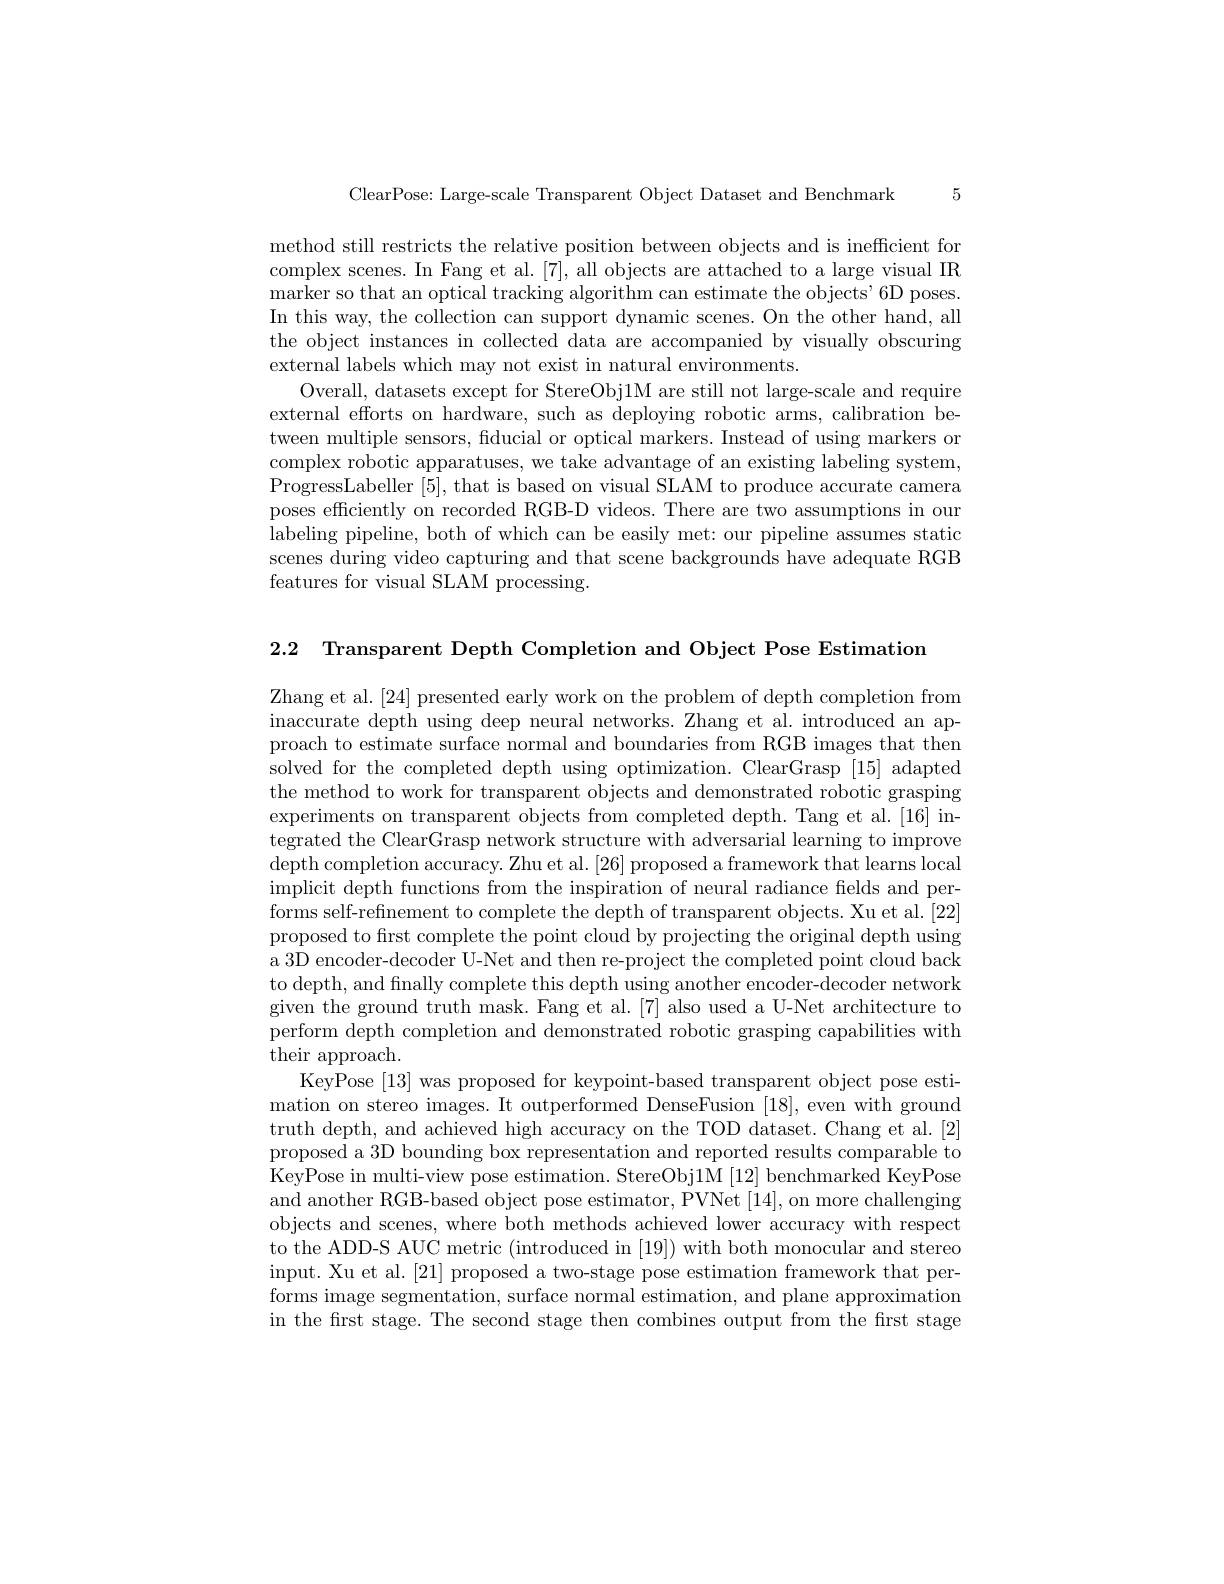
5

ClearPose: Large-scale Transparent Object Dataset and Benchmark

method still restricts the relative position between objects and is inefficient for complex scenes. In Fang et al. [7], all objects are attached to a large visual IR marker so that an optical tracking algorithm can estimate the objects' 6D poses In this way, the collection can support dynamic scenes. On the other hand, all the object instances in collected data are accompanied by visually obscuring external labels which may not exist in natural environments.
Overall, datasets except for StereObj1M are still not large-scale and require external efforts on hardware, such as deploying robotic arms, calibration between multiple sensors, fiducial or optical markers. Instead of using markers or complex robotic apparatuses, we take advantage of an existing labeling system, ProgressLabeller [5], that is based on visual SLAM to produce accurate camera poses efficiently on recorded RGB-D videos. There are two assumptions in our labeling pipeline, both of which can be easily met: our pipeline assumes static scenes during video capturing and that scene backgrounds have adequate RGB features for visual SLAM processing.

2.2 Transparent Depth Completion and Object Pose Estimation

Zhang et al. [24] presented early work on the problem of depth completion from inaccurate depth using deep neural networks. Zhang et al. introduced an approach to estimate surface normal and boundaries from RGB images that then solved for the completed depth using optimization. ClearGrasp [15] adapted the method to work for transparent objects and demonstrated robotic grasping experiments on transparent objects from completed depth. Tang et al.[16] integrated the ClearGrasp network structure with adversarial learning to improve depth completion accuracy. Zhu et al. [26] proposed a framework that learns local implicit depth functions from the inspiration of neural radiance felds and performs self-refinement to complete the depth of transparent objects. Xu et al. [22] proposed to first complete the point cloud by projecting the original depth using a 3D encoder-decoder U-Net and then re-project the completed point cloud back to depth, and finally complete this depth using another encoder-decoder network given the ground truth mask. Fang et al.[7] also used a U-Net architecture to perform depth completion and demonstrated robotic grasping capabilities with their approach.
KeyPose [13] was proposed for keypoint-based transparent object pose estimation on stereo images. It outperformed DenseFusion [18], even with ground truth depth, and achieved high accuracy on the TOD dataset. Chang et al. [2] proposed a 3D bounding box representation and reported results comparable to KeyPose in multi-view pose estimation. StereObj1M [12] benchmarked KeyPose and another RGB-based object pose estimator, PVNet [14], on more challenging objects and scenes, where both methods achieved lower accuracy with respect to the ADD-S AUC metric (introduced in [19]) with both monocular and stereo input. Xu et al. [21] proposed a two-stage pose estimation framework that performs image segmentation, surface normal estimation, and plane approximation in the frst stage. The second stage then combines output from the first stage